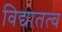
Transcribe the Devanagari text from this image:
विद्यातत्व